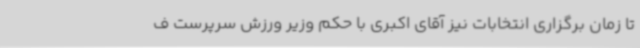
تا زمان برگزاری انتخابات نیز آقای اکبری با حکم وزیر ورزش سرپرست ف